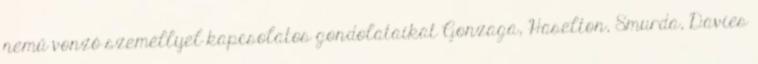
nemű vonzó személlyel kapcsolatos gondolataikat Gonzaga, Haselton, Smurda, Davies